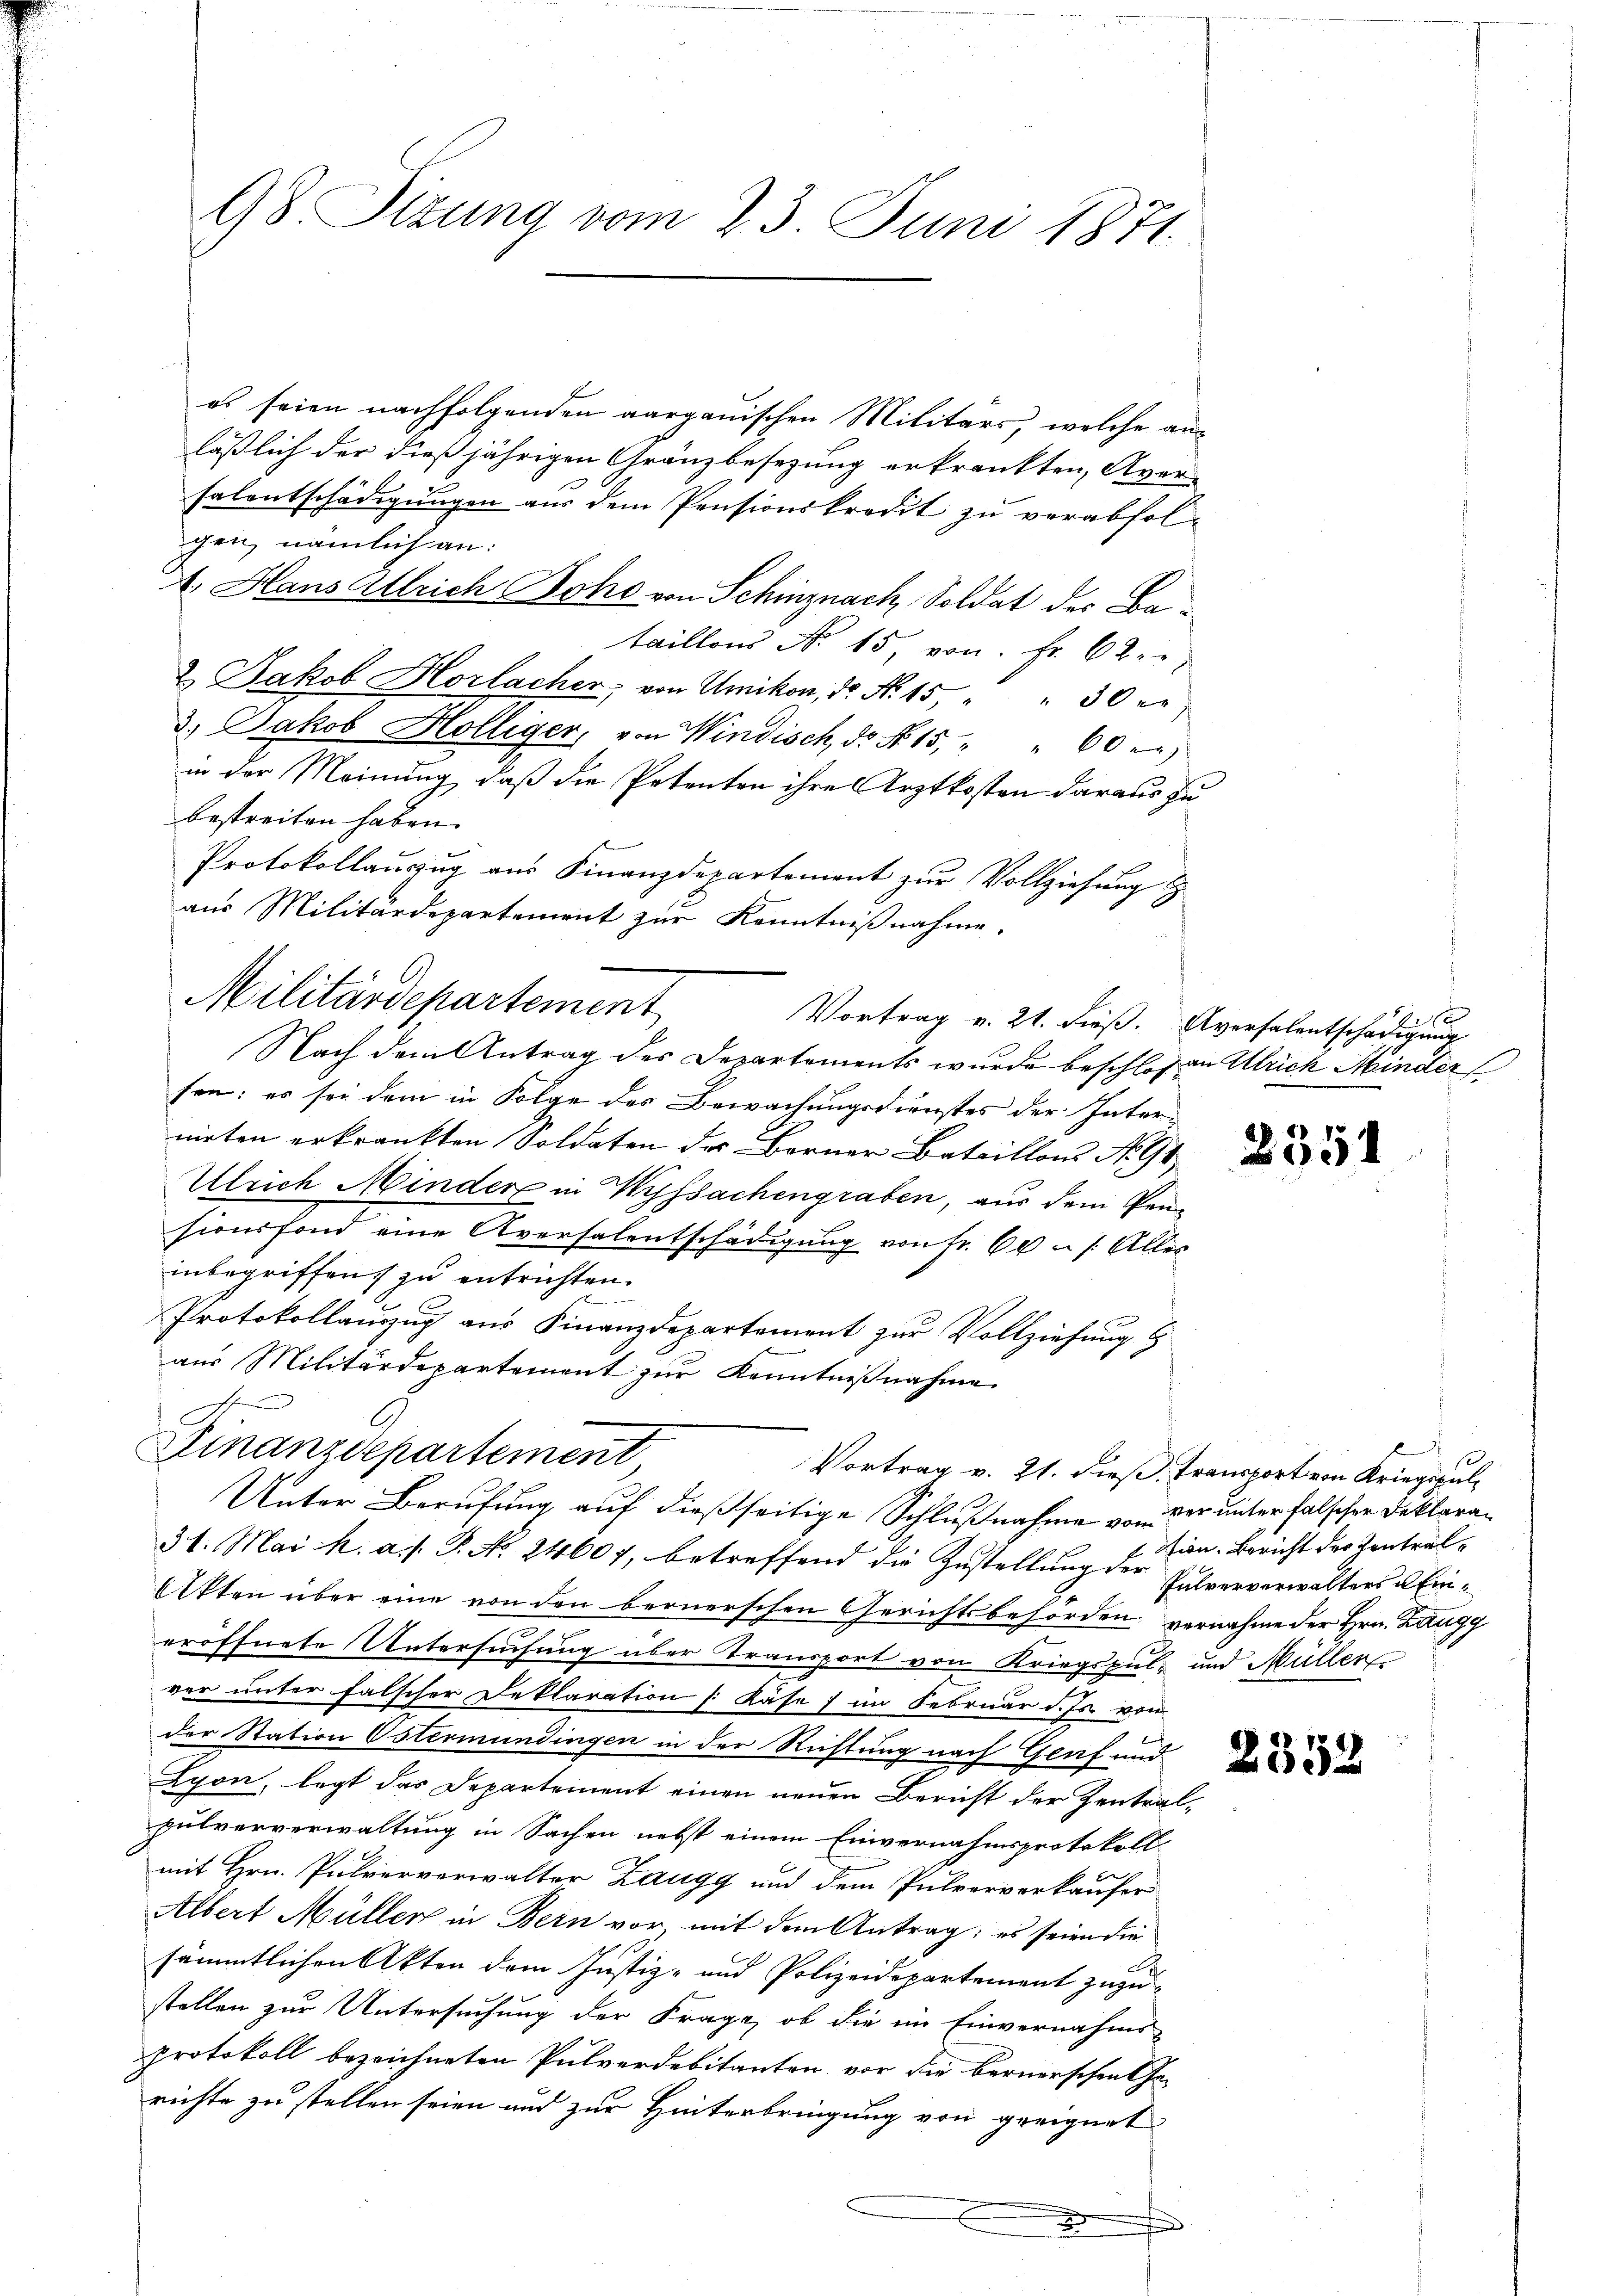
98. Sizung vom 23. Juni 1871.

os seien nachfolgenden aargauischen Militärs, welche an-
läßlich der dießjährigen Gränzbesezung erkränkten, Aver-
salentschädigungen aus dem Pensionskredit zu verabfolgen, nämlich an:
4. Hans Allrich Boho von Schinznach Soldat der Betaillons No. 15, von Fr. 62.
2. Jakob Horlacher, von Umikon, dr N. 15, " " 30 er
3. Jakob Holliger, von Windisch, dr Nr. 15, " " 60 er
in der Meinung, daß die Petenten ihre Arztkosten daraus zu
bestreiten haben.
Protokollauszug aus Finanzdepartement zŭr Vollziehung
aus Militärdepartement zur Kenntnißnahme.
Militärdepartement
Vortrag v. 21. dieß. Aversalentschädigung
Nach dem Antrag des Departements wurde beschlos an Ulrich Minder
sen; es sei dem in Folge des Bewachungsdienstes der Internirten erkränkten Soldaten der Berner Bataillons No 91
Ulrich Minder in Wissachengraben, aus dem Pensionsfond eine Aversalentschädigung von Fr. 60 n 1. Alles
inbegriffen, zu entrichten.
Protokollauszug aus Finanzdepartement zur Vollziehung b
aus Militärdepartement zur Kenntnißnahme
C.
Finanzdepartement
Vortrag v. 21. dieß, Transport von Kriegszul
Unter Berufung auf dießseitige Schlußnahme von der unter falscher Deklara¬
31. Mai h. a. f. P. No. 24607, betreffend die Zustellung der Entwerverwalters u. Ein¬
Akten über eine von den bernerschen Gerichtsbehörden vernahme der Hrn. Langg
eröffnete Untersuchung über Transport von Kriegspul- und Müller
ver unter falscher Deklaration (: Käse ; im Februar d. Js. von
der Station Östermündingen in der Richtung nach Genf und
Lyon, legt das Departement einen neuen Bericht der Zentralpulververwaltung in Sachen nebst einem Einvernahmsprotokoll-
mit Hrn. Pulververwalter Zaugg und dem Pulververkäufer
Albert Müller in Bern vor mit dem Antrag; es seien die
sämmtlichen Akten dem Justiz- und Polizeidepartement zuzustellen zur Untersuchung der Frage, ob die im Einvernahms-
protokoll bezeichneten Pulverdebitanten vor die bernerschen Gerichte zu stellen seien und zur Hinterbringung von geeignet
J

e

2351

1
tion. Bericht der Zentral¬

2552